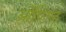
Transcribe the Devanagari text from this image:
ऑप्टिल